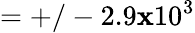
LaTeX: =+/-2.9\mathbf{x}10^{3}